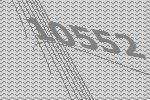
10552